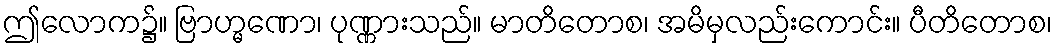
ဤလောက၌။ ဗြာဟ္မဏော၊ ပုဏ္ဏားသည်။ မာတိတောစ၊ အမိမှလည်းကောင်း။ ပီတိတောစ၊